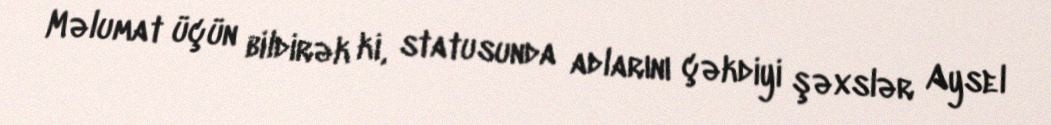
Məlumat üçün bildirək ki, statusunda adlarını çəkdiyi şəxslər Aysel